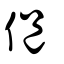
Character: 俋